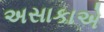
અસાકાએ